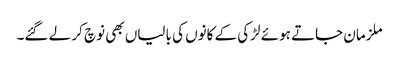
ملزمان جاتے ہوئے لڑکی کے کانوں کی بالیاں بھی نوچ کر لے گئے۔